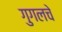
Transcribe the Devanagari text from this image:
गुगलचे